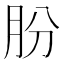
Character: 朌